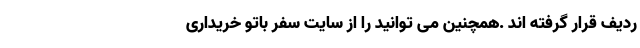
ردیف قرار گرفته اند .همچنین می توانید را از سایت سفر باتو خریداری